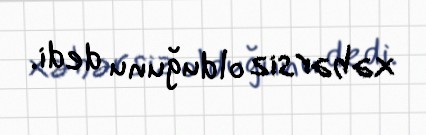
xəbərsiz olduğunu dedi.